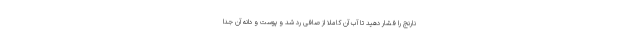
نارنج را فشار دهید تا آب آن کاملا از صافی رد شد و پوست و دانه آن جدا